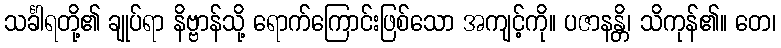
သင်္ခါရတို့၏ ချုပ်ရာ နိဗ္ဗာန်သို့ ရောက်ကြောင်းဖြစ်သော အကျင့်ကို။ ပဇာနန္တိ၊ သိကုန်၏။ တေ၊